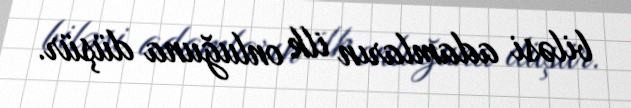
biləsi adamların ilk onluğuna düşür.